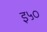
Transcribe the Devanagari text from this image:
इ५०